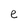
Character: e